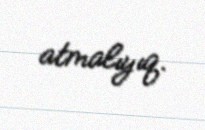
atmalıyıq.